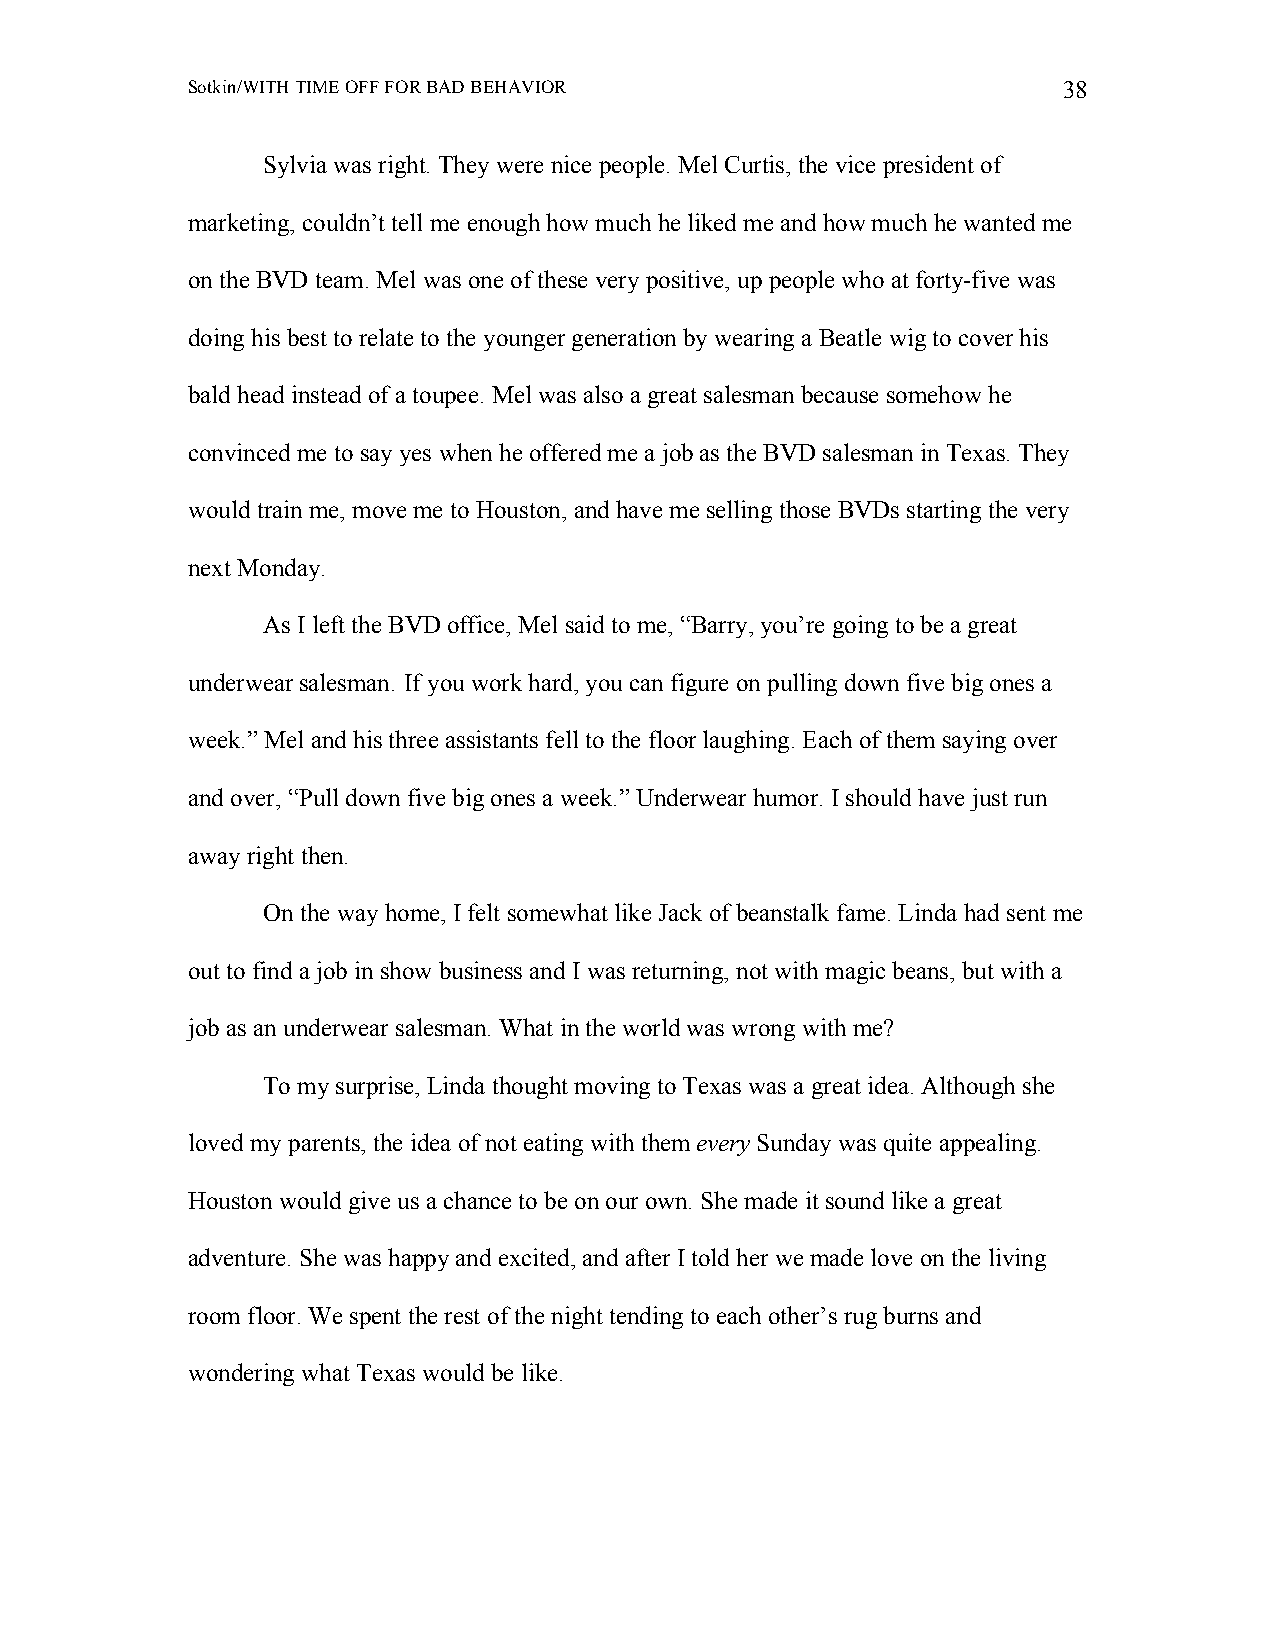
Sotkin/WITH TIME OFF FOR BAD BEHAVIOR                     38
 Sylvia was right. They were nice people. Mel Curtis, the vice president of
 marketing, couldn’t tell me enough how much he liked me and how much he wanted me
 on the BVD team. Mel was one of these very positive, up people who at forty-five was
 doing his best to relate to the younger generation by wearing a Beatle wig to cover his
 bald head instead of a toupee. Mel was also a great salesman because somehow he
 convinced me to say yes when he offered me a job as the BVD salesman in Texas. They
 would train me, move me to Houston, and have me selling those BVDs starting the very
 next Monday.
 As I left the BVD office, Mel said to me, “Barry, you’re going to be a great
 underwear salesman. If you work hard, you can figure on pulling down five big ones a
 week.” Mel and his three assistants fell to the floor laughing. Each of them saying over
 and over, “Pull down five big ones a week.” Underwear humor. I should have just run
 away right then.
 On the way home, I felt somewhat like Jack of beanstalk fame. Linda had sent me
 out to find a job in show business and I was returning, not with magic beans, but with a
 job as an underwear salesman. What in the world was wrong with me?
 To my surprise, Linda thought moving to Texas was a great idea. Although she
 loved my parents, the idea of not eating with them every Sunday was quite appealing.
 Houston would give us a chance to be on our own. She made it sound like a great
 adventure. She was happy and excited, and after I told her we made love on the living
 room floor. We spent the rest of the night tending to each other’s rug burns and
 wondering what Texas would be like.